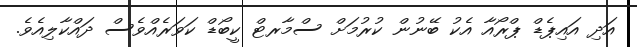
އަދި އައިޕެޑް ޕްރޯއާ އެކު ބޭނުން ކުރުމަށް ސްމާރޓް ކީބޯޑް ކަވަރެއްވެސް ދައްކާލިއެވެ.